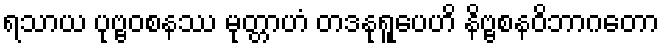
ရသာယ ပုဗ္ဗဝစနဿ မုတ္တာဟံ တဒနုရူပေဟိ နိဗ္ဗစနဝိဘာဂတော